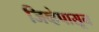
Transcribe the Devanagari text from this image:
जिव्हेपासून